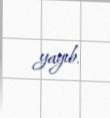
yayıb.